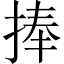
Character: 捧